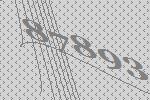
87893